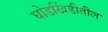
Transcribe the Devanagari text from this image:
घोडखिंडीतील